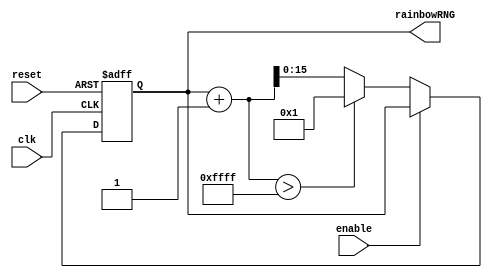
module t09_rainbowRand (
	clk,
	reset,
	enable,
	rainbowRNG
);
	reg _sv2v_0;
	input wire clk;
	input wire reset;
	input wire enable;
	output reg [15:0] rainbowRNG;
	reg [15:0] next_rainbowRNG;
	always @(posedge clk or negedge reset)
		if (reset == 0)
			rainbowRNG <= 0;
		else
			rainbowRNG <= next_rainbowRNG;
	always @(*) begin
		if (_sv2v_0)
			;
		if (enable == 1)
			next_rainbowRNG = rainbowRNG;
		else if ((rainbowRNG + 1) > 65535)
			next_rainbowRNG = 1;
		else
			next_rainbowRNG = rainbowRNG + 1;
	end
	initial _sv2v_0 = 0;
endmodule